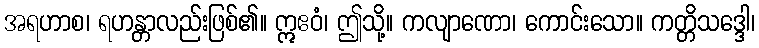
အရဟာစ၊ ရဟန္တာလည်းဖြစ်၏။ ဣဧဝံ၊ ဤသို့။ ကလျာဏော၊ ကောင်းသော။ ကတ္တိသဒ္ဒေါ၊